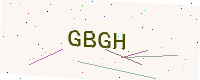
Text: GBGH